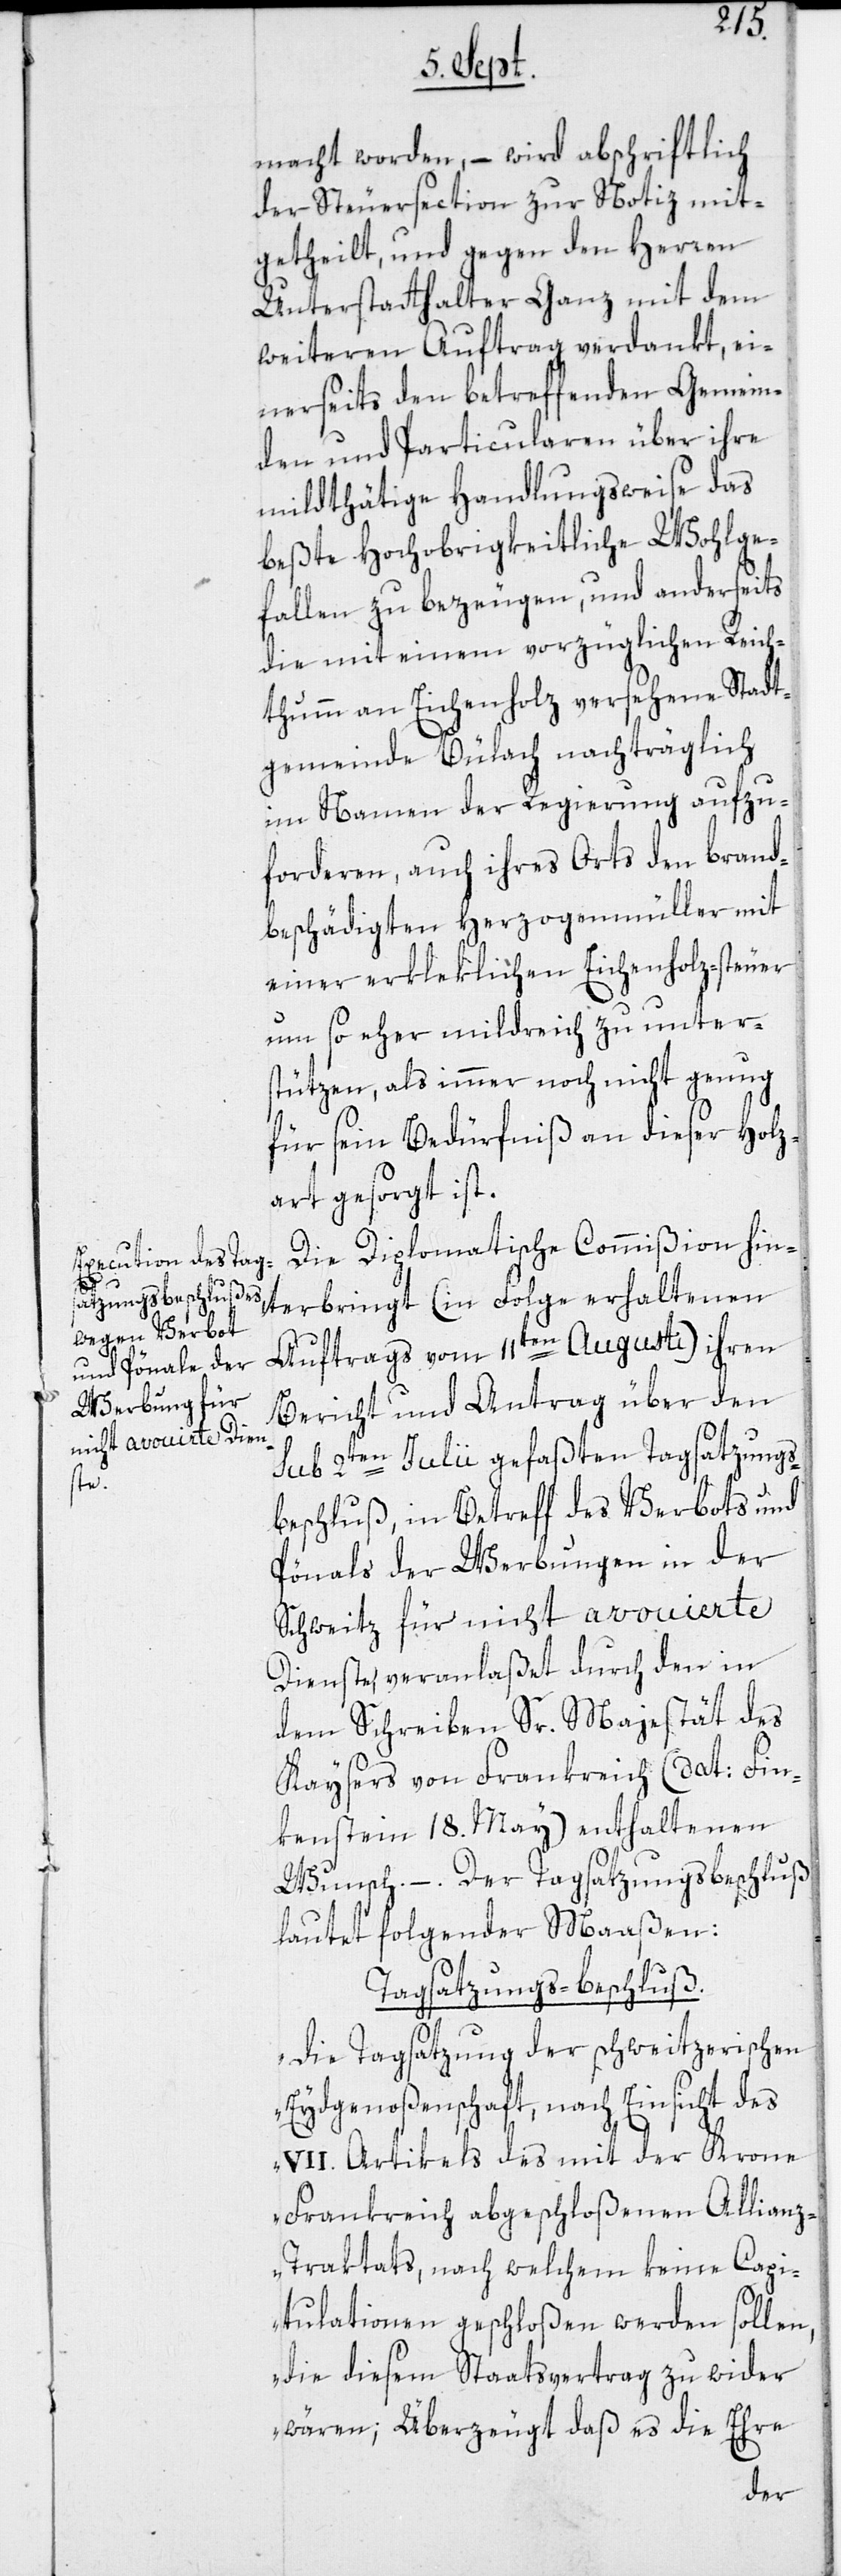
macht worden, – wird abschriftlich
der Steuersection zur Notiz mit¬
getheilt, und gegen den Herren
Unterstatthalter Ganz mit dem
weiteren Auftrag verdankt, ei¬
nerseits den betreffenden Gemein¬
den und Particularen über ihre
mildthätige Handlungsweise das
beßte Hochobrigkeitliche Wohlge¬
fallen zu bezeugen, und anderseits
die mit einem vorzüglichen Reich¬
thumm an Eichenholz versehene Stadt¬
gemeinde Bülach nachträglich
im Namen der Regierung aufzu¬
forderen, auch ihres Orts den brand¬
beschädigten Herzogenmüller mit
einer erkleklichen Eichenholz-steuer
um so eher mildreich zu unter¬
stützen, als immer noch nicht genug
für sein Bedürfniß an dieser Holz¬
art gesorgt ist.
Die Diplomatische Commißion hin¬
terbringt (in Folge erhaltenen
Auftrags vom 11ten Augusti) ihren
Bericht und Antrag über den
sub 2ten Julii gefaßten Tagsatzungs¬
beschluß, in Betreff des Verbots und
Pönals der Werbungen in der
Schweitz für nicht avouierte
Dienste, veranlaßet durch den in
dem Schreiben Sr. Majestät des
Kaysers von Frankreich (dat: Fin¬
kenstein 18. May) enthaltenen
Wunsch. –. Der Tagsatzungsbeschluß
lautet folgender Maaßen:
Tagsatzungs-beschluß.
„Die Tagsatzung der schweitzerischen
Eydgenoßenschaft, nach Einsicht des
VII. Artikels des mit der Krone
Frankreich abgeschloßenen Allian¬
z-Traktats, nach welchem keine Capi¬
tulationen geschloßen werden sollen,
die diesem Staatsvertrag zu wider
wären; Überzeugt daß es die Ehre